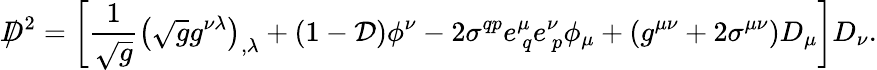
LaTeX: D\! \! \! \! /^{~2}=\left[{\frac{1}{\sqrt g}}\left({\sqrt g}g^{\nu\lambda}\right)_{,\lambda}+(1-{\cal D})\phi^{\nu}-2\sigma^{qp}e_{~q}^{\mu}e_{~p}^{\nu}\phi_{\mu}+\left(g^{\mu\nu}+2\sigma^{\mu\nu}\right)D_{\mu}\right]D_{\nu}.